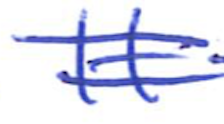
Text: It
Cross-out: double-line
Writing tool: ballpoint